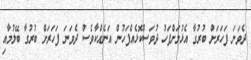
ދެވަނަ ފަހަރަށް ބުރުގާ އެޅުމަށްފަހު ދުވަސްކޮޅެއްފަހުން އަނެއްކާވެސް ދެވަނަ ފަހަރަށް ބުރުގާ ބޭލުމާއި